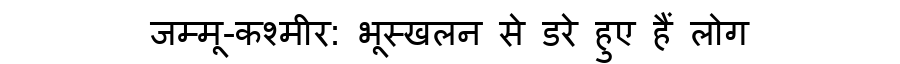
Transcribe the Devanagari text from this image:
जम्मू-कश्मीर: भूस्खलन से डरे हुए हैं लोग